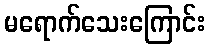
မရောက်သေးကြောင်း